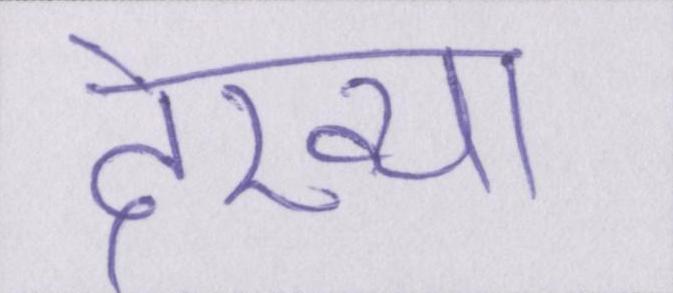
देख्या